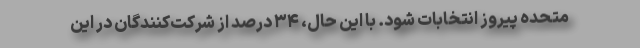
متحده پیروز انتخابات شود. با این حال، ۳۴ درصد از شرکت‌کنندگان در این